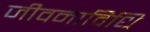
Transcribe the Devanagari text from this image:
जीवनाविधि